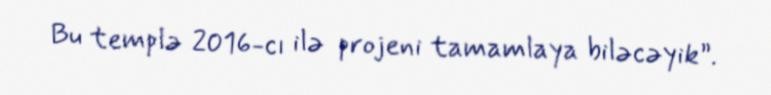
Bu templə 2016-cı ilə projeni tamamlaya biləcəyik”.